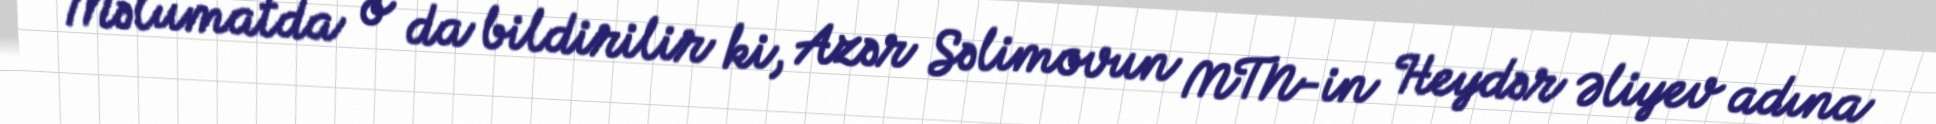
Məlumatda o da bildirilir ki, Azər Səlimovun MTN-in Heydər Əliyev adına